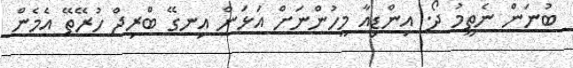
ބުނަން ނެތީމު ދޯ. އިންޑިއާ މީހުންނަށް އަޅަން އިނގޭ ބްރިޖް ހުރޭތޭ އެމެން